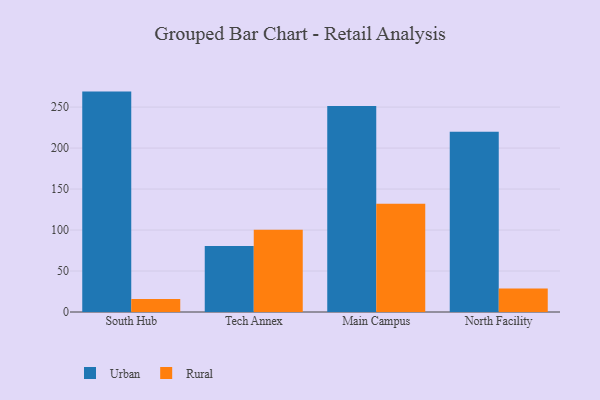
{"axis": {"x": "Campus", "y": "Inventory Turnover"}, "legend": ["Rural", "Urban"], "data": [{"x": "South Hub", "y": 268.9, "type": "Urban"}, {"x": "South Hub", "y": 15.8, "type": "Rural"}, {"x": "Tech Annex", "y": 80.5, "type": "Urban"}, {"x": "Tech Annex", "y": 100.5, "type": "Rural"}, {"x": "Main Campus", "y": 251.4, "type": "Urban"}, {"x": "Main Campus", "y": 132.0, "type": "Rural"}, {"x": "North Facility", "y": 219.9, "type": "Urban"}, {"x": "North Facility", "y": 28.8, "type": "Rural"}]}